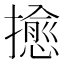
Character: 𢷀